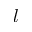
l